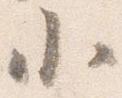
小